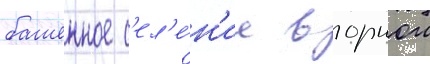
башенное с'ел'е́н'ие в горнои